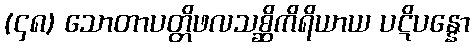
(၄၈) သောတာပတ္တိဖလသစ္ဆိကိရိယာယ ပဋိပန္နော